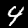
Label: 4